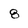
Character: 8